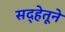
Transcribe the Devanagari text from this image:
सद्हेतूने